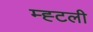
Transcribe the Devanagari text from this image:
म्ह्टली